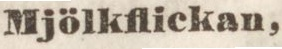
Mjölkflickan,